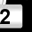
Digit: 2